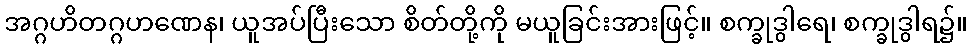
အဂ္ဂဟိတဂ္ဂဟဏေန၊ ယူအပ်ပြီးသော စိတ်တို့ကို မယူခြင်းအားဖြင့်။ စက္ခုဒွါရေ၊ စက္ခုဒွါရ၌။